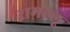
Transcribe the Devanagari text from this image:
रामल्लू